Burma Government Medical School reports 1923-41
Year: 1923
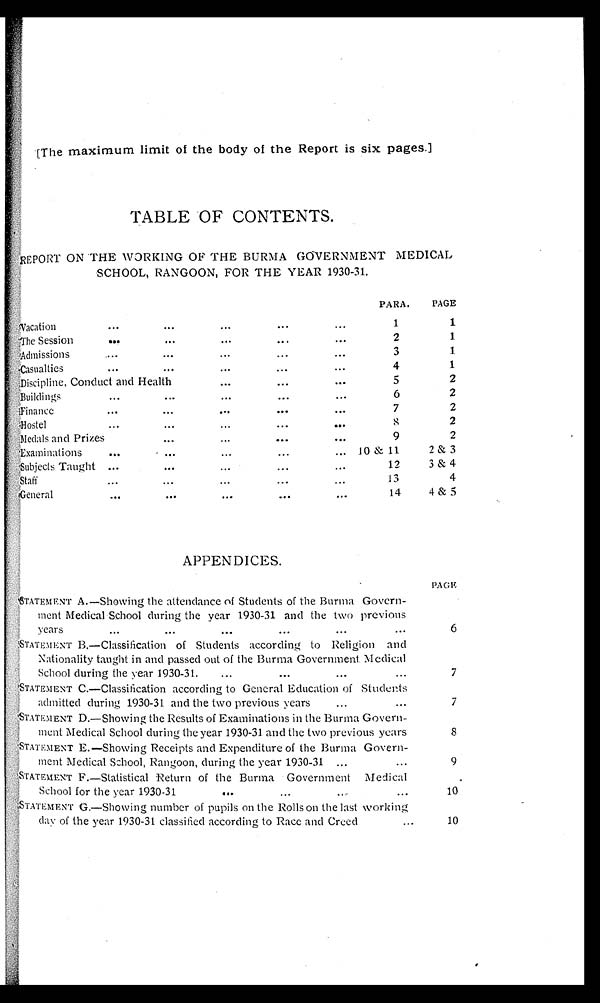
[The maximum limit of the body of the Report is six pages.]
TABLE OF CONTENTS.
REPORT ON THE WORKING OF THE BURMA GOVERNMENT MEDICAL
SCHOOL, RANGOON, FOR THE YEAR 1930-31.
P A R A .
P A G E
V a c a t i o n
1
1
The Session
2
1
Admissions
3
1
C a s u a l t i e s
4
1
Discipline, Conduct and Health
5
2
Buildings
6
2
Finance
7
2
Hostel
8
2
Medals and Prizes
9
2
E x a m i n a t i o n s
10 & 11
2 & 3
Subj ect s Taught
12
3 & 4
Staff
13
4
G e n e r a l
14
4 & 5
APPENDICES.
PAGE
STATEMENT A. —Showing the attendance of Students of the Burma Govern-ment Medical School during the year 1930-31 and the two previous
6
STATEMENT B. —Cl assi fi cat i on of St udent s accordi ng t o Rel i gi on and Nat i onal i t y t aught i n and passed out of t he Burma Government Medi cal School duri ng t he year 1930-31
7
STATEMENT C.—Classification according to General Education of Students admitted during 1930-31 and the two previous years
7
STATEMENT D. —Showing the Results of Examinations in the Burma Govern-ment Medical School during the year 1930-31 and the two previous years
8
S T A T E M E N T E . — S h o w i n g R e c e i p t s a n d E x p e n d i t u r e o f t h e B u r m a G o v e r n - m e n t M e d i c a l S c h o o l , R a n g o o n , d u r i n g t h e y e a r 1 9 3 0 - 3 1
9
STATEMENT F.—Statistical, Return of the Burma Government Medical School for the year 1930-31
10
STATEMENT G.—Showing number of pupils on the Rolls on the last working day of year 1930-31 classified according to Race and Creed
10